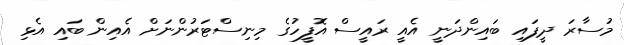
މުސާރަ ދީފައި ބައިންދަނީ އެއީ ރައީސް އޮފީހުގެ މިނިސްޓަރުންނަށް އެއިން ބައި އެޅި